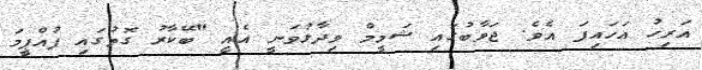
އަރިހު އަހައިފަ އެވެ. ޖަވާބުގައި ޝަމީމް ވިދާޅުވަނީ އެއީ "ބޭކާރު ގޮތުގައި ފުއްޕީމަ